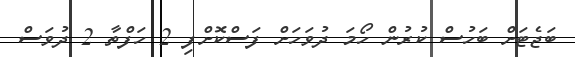
ބަޖެޓަށް ބަހުސް ކުރުން ހޯމަ ދުވަހަށް ފަސްކޮށްފި 2 ހަފްތާ 2 ދުވަސް